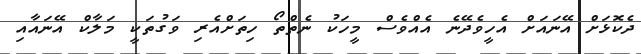
ދެކޮޅަށް އޭނައަށް އެހީވެދޭނެ އެއްވެސް މީހަކު ނެތްތޯ ހިތަށްއެރި ވަގުތަކީ މަލާކް އޭނައާއި